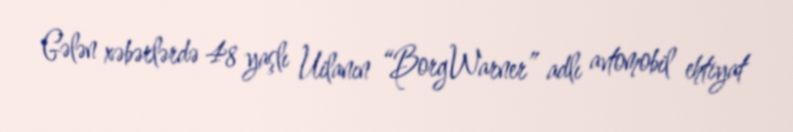
Gələn xəbərlərdə 48 yaşlı Uilanın “BorgWarner” adlı avtomobil ehtiyat